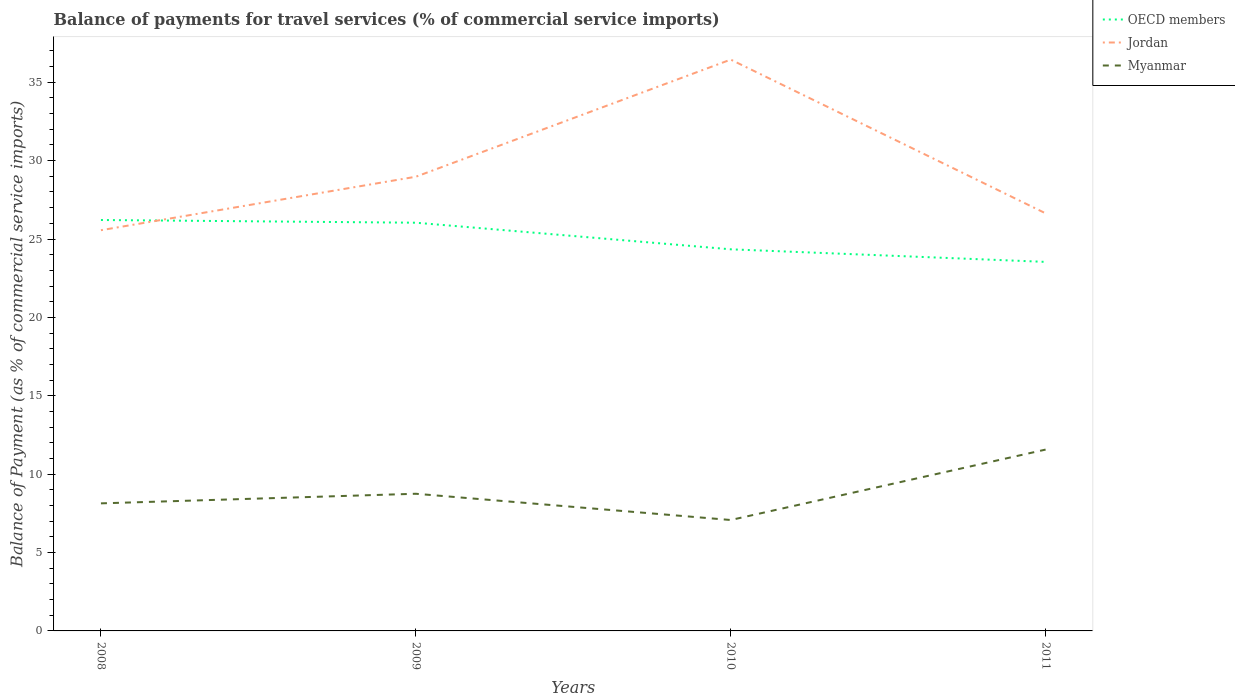
| Years | OECD members | Jordan | Myanmar |
 | --- | --- | --- | --- |
 | 2008 | 26.2 | 25.6 | 8.14 |
 | 2009 | 26 | 29 | 8.75 |
 | 2010 | 24.3 | 36.4 | 7.08 |
 | 2011 | 23.5 | 26.6 | 11.6 |